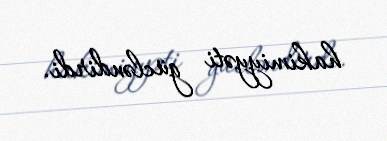
hakimiyyəti gücləndirdi.